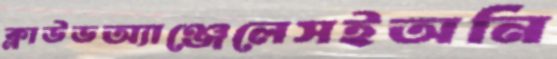
ক্লাউডঅ্যাঞ্জেলেসইঅনি